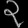
Digit: ၃